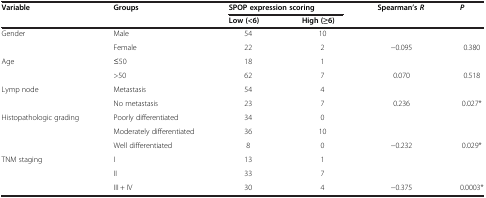
| <ROWSPAN=2> Variable | <ROWSPAN=2> Groups | <COLSPAN=2> SPOP expression scoring | <ROWSPAN=2> Spearman’sR | <ROWSPAN=2> P |
 | Low (<6) | High (≥6) |
 | --- | --- | --- | --- | --- | --- |
 | <ROWSPAN=2> Gender | Male | 54 | 10 |  |  |
 | Female | 22 | 2 | −0.095 | 0.380 |
 | <ROWSPAN=2> Age | ≤50 | 18 | 1 |  |  |
 | >50 | 62 | 7 | 0.070 | 0.518 |
 | <ROWSPAN=2> Lymp node | Metastasis | 54 | 4 |  |  |
 | No metastasis | 23 | 7 | 0.236 | 0.027* |
 | <ROWSPAN=3> Histopathologic grading | Poorly differentiated | 34 | 0 |  |  |
 | Moderately differentiated | 36 | 10 |  |  |
 | Well differentiated | 8 | 0 | −0.232 | 0.029* |
 | <ROWSPAN=3> TNM staging | I | 13 | 1 |  |  |
 | II | 33 | 7 |  |  |
 | III + IV | 30 | 4 | −0.375 | 0.0003* |